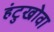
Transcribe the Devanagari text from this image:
हंटुखोवा